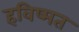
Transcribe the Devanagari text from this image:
हविष्मत